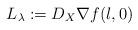
LaTeX: \begin{align*}L_\lambda:= D_X \nabla f(\l , 0)\end{align*}